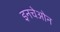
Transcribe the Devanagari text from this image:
इनचेओन